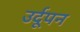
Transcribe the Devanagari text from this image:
उर्दूपन